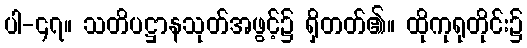
ပါ-၄၇။ သတိပဋ္ဌာနသုတ်အဖွင့်၌ ရှိတတ်၏။ ထိုကုရုတိုင်း၌